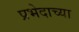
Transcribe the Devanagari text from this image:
प्रभेदाच्या